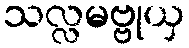
သလ္လမဗ္ဗုယှ